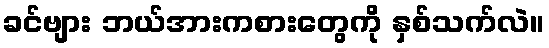
ခင်ဗျား ဘယ်အားကစားတွေကို နှစ်သက်လဲ။